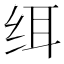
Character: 䌺